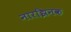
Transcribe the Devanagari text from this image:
नारझिनक